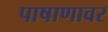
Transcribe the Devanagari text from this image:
पाषाणावर